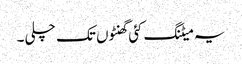
یہ میٹنگ کئی گھنٹوں تک چلی۔